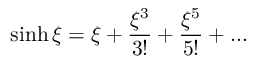
\sinh \xi = \xi + \frac { \xi ^ { 3 } } { 3 ! } + \frac { \xi ^ { 5 } } { 5 ! } + \ldots